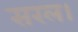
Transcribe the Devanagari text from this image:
सरल।